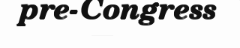
pre-Congress